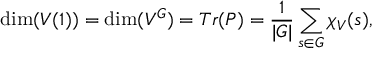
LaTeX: \dim ( V ( 1 ) ) = \dim ( V ^ { G } ) = T r ( P ) = { \frac { 1 } { | G | } } \sum _ { s \in G } \chi _ { V } ( s ) ,